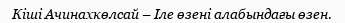
Кіші Ачинахкөлсай – Іле өзені алабындағы өзен.